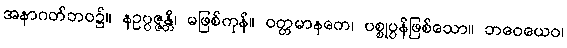
အနာဂတ်ဘဝ၌။ နဥပ္ပဇ္ဇန္တိ၊ မဖြစ်ကုန်။ ဝတ္တမာနကေ၊ ပစ္စုပ္ပန်ဖြစ်သော။ ဘဝေယေဝ၊